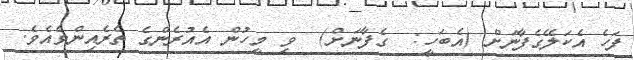
ފަހެ އެކަލޭގެފާނަށް (އެބަހީ:  ގެފާނަށް)  ވި މީހުން އެއުރެންގެ ތެރެއިންވެއެވެ.